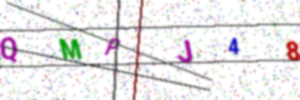
Text: QMPJ48